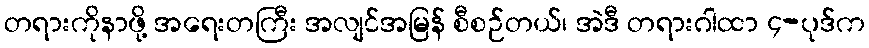
တရားကိုနာဖို့ အရေးတကြီး အလျင်အမြန် စီစဉ်တယ်၊ အဲဒီ တရားဂါထာ ၄-ပုဒ်က